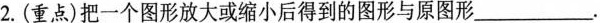
2.(重点)把一个图形放大或缩小后得到的图形与原图形___.